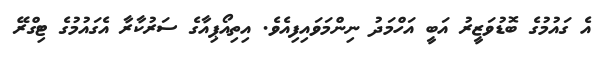
އެ ގައުމުގެ ބޮޑުވަޒީރު އަބީ އަހްމަދު ނިންމަވައިފިއެވެ. އިތިއޯޕިއާގެ ސަރުކާރާ އެގައުމުގެ ޓިގްރޭ